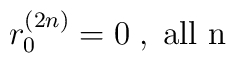
r_{0}^{(2n)} = 0 \;,\; \mbox{all n}